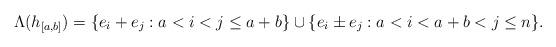
LaTeX: \begin{align*}\Lambda(h_{[a,b]}) = \{e_{i} + e_j: a < i < j \leq a+b\}\cup \{e_i \pm e_j: a < i < a+b < j \leq n\}.\end{align*}